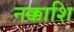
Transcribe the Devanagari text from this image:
नक्काशि